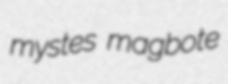
mystes magbote